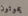
يموتون